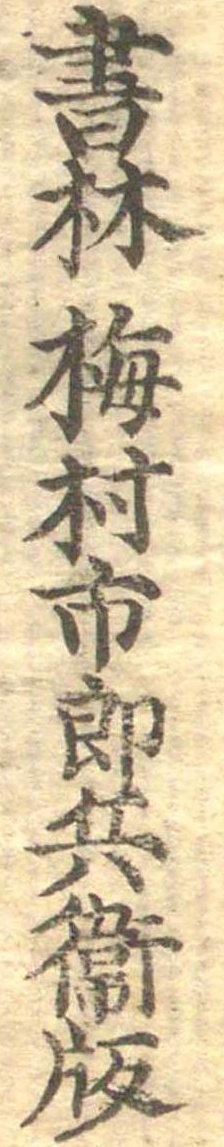
書林梅村市郎兵衛版